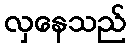
လှနေသည်